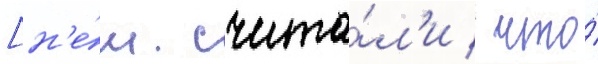
[н'е́м. счита́л'и / что́